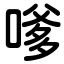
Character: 嗲